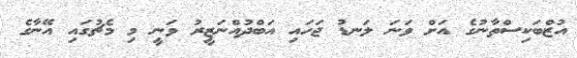
އުޒްބަކިސްތާނުގެ އަށް ވަނަ ލަނޑު ޖަހައި އަބްދުއްނަޒީރު ވަނީ މި މެޗުގައި އޭނާގެ